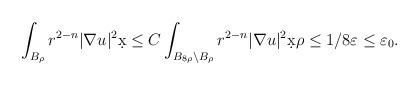
LaTeX: \begin{align*}\int_{B_{\rho}} r^{2-n} |\nabla u|^2 \d x &\leq C \int_{B_{8\rho} \setminus B_{\rho}} r^{2-n} |\nabla u|^2 \d x \rho \leq 1/8 \varepsilon \leq \varepsilon_0.\end{align*}